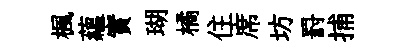
楓蘊實瑚橘住席坊罸捕